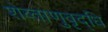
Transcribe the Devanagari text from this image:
शेव्ताणुवृद्धि